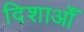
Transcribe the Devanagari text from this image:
दिशाओँ